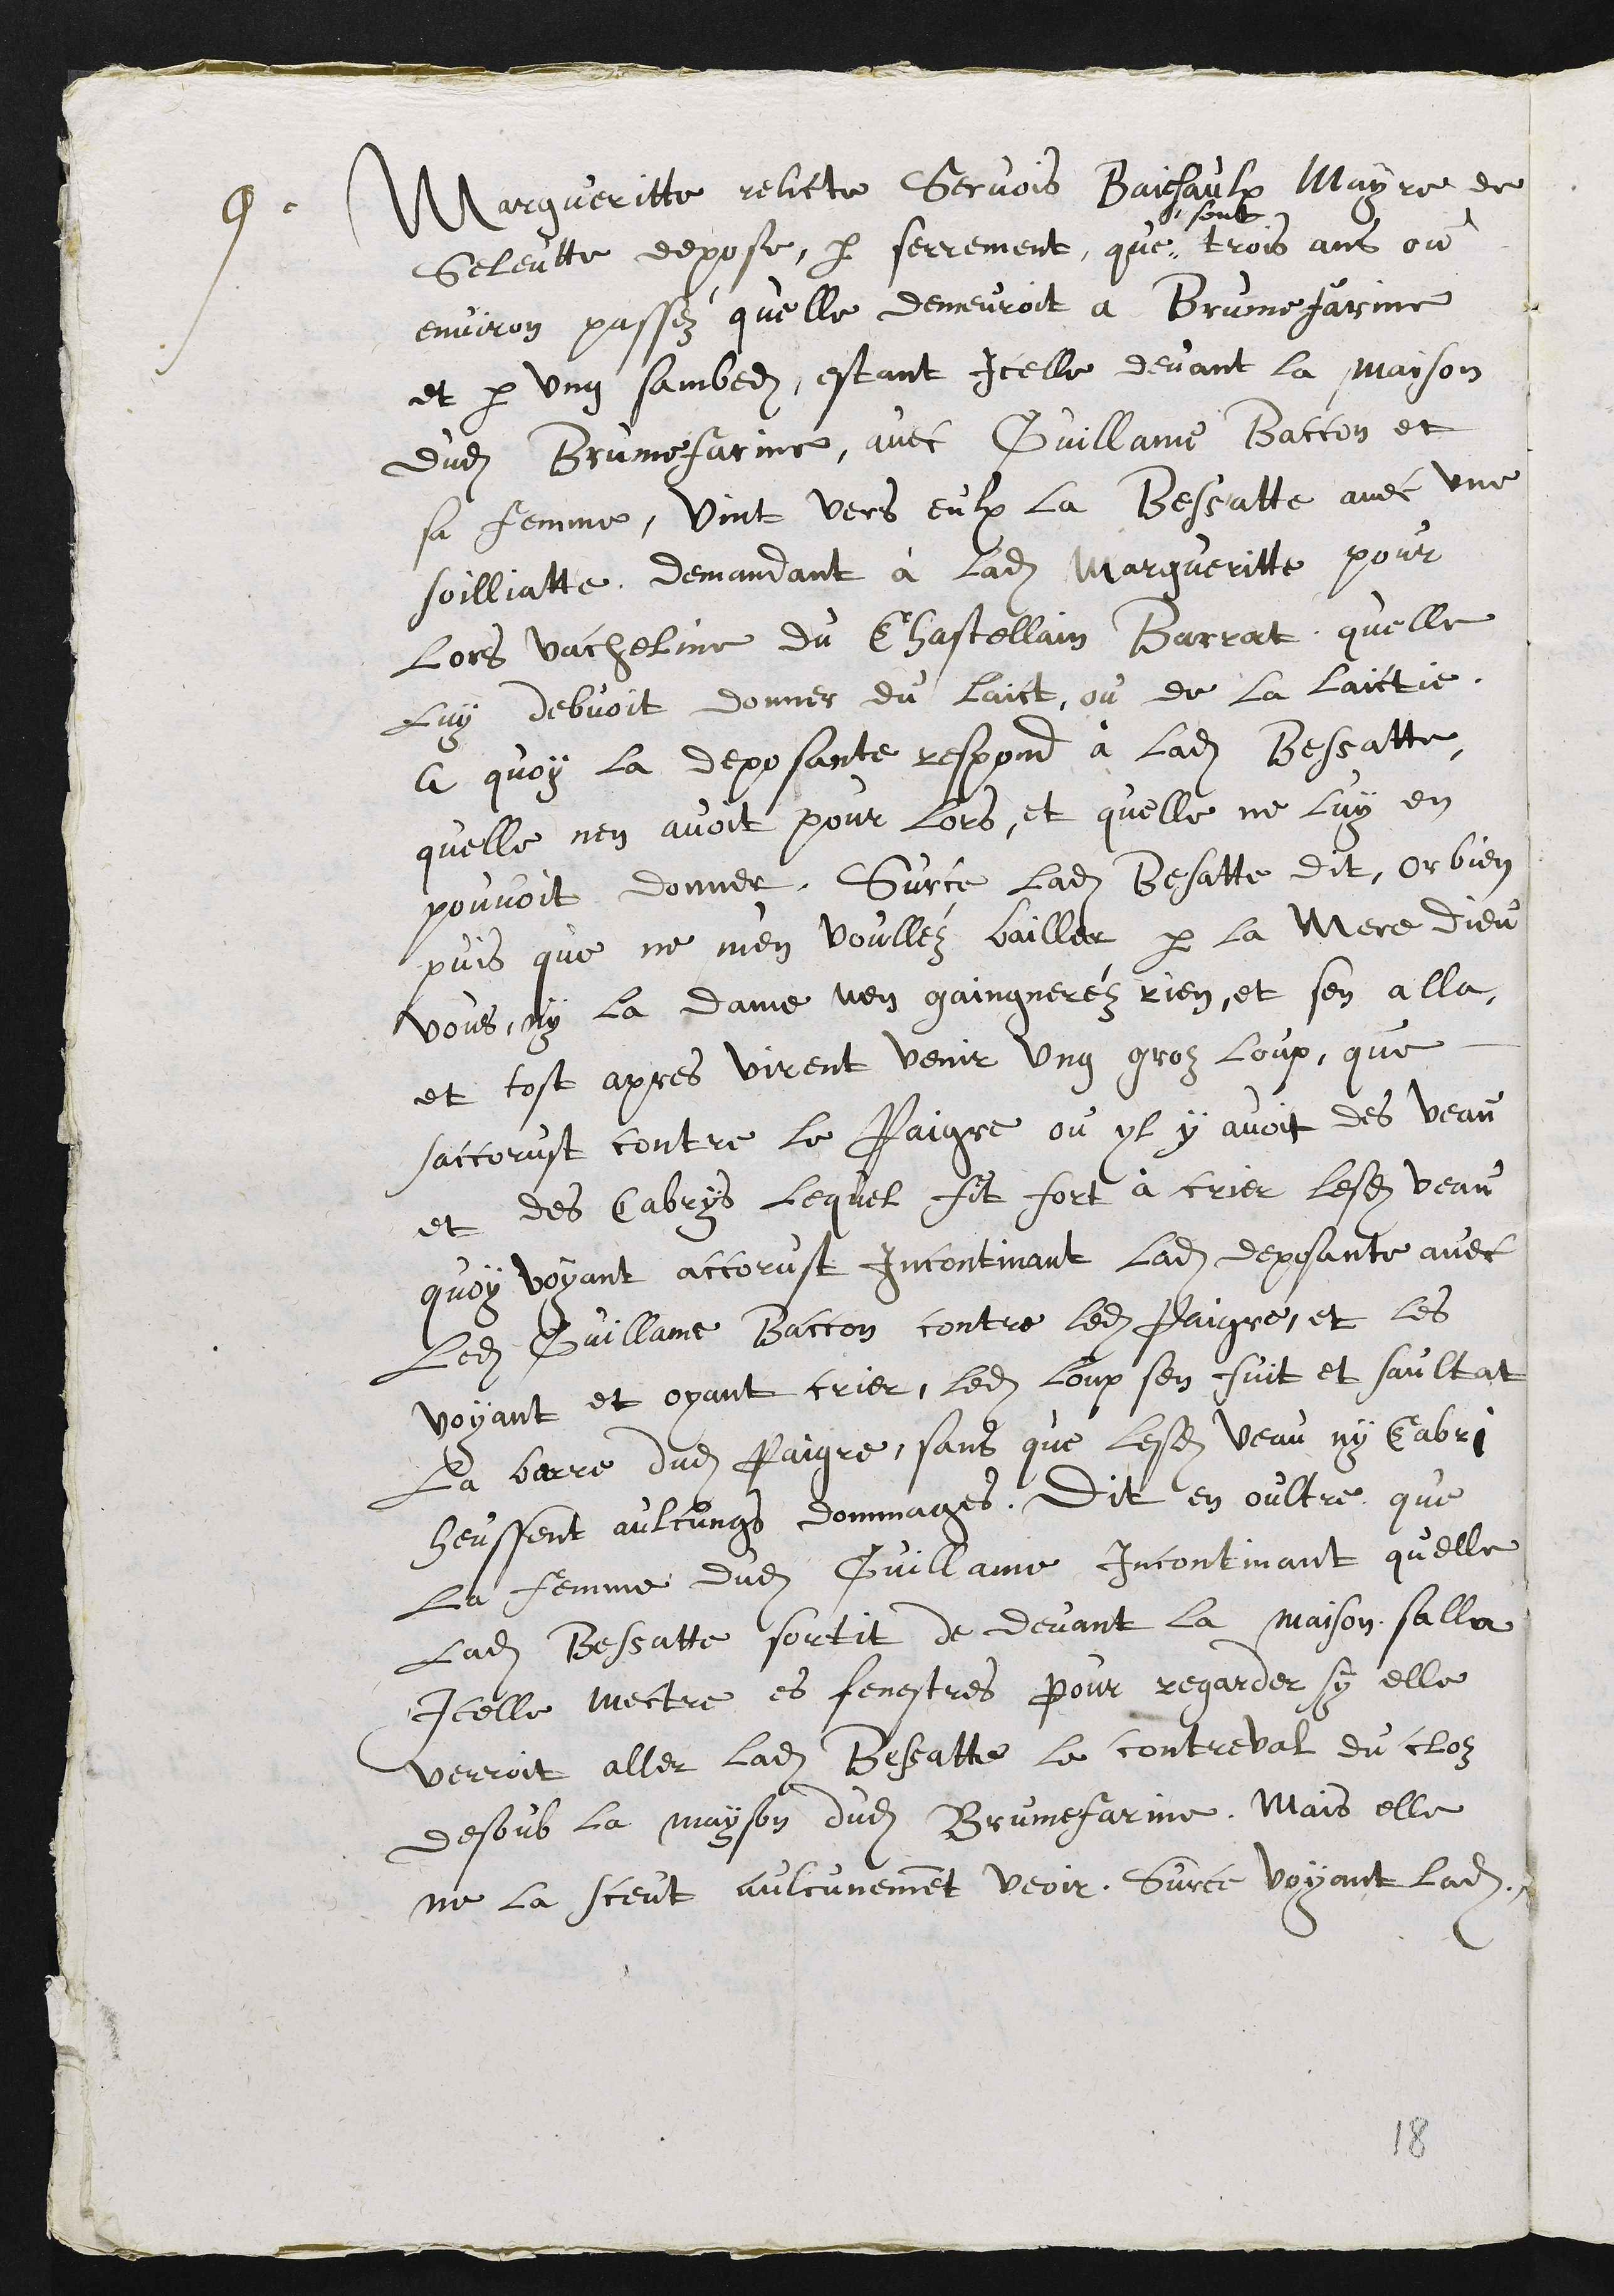
9. Marguerite, relicte de Semais Baichaux, maire de
Seleute, dépose par serment que
sont
trois ans ou
environ passés qu'elle demeurait à Brunefarine,
et par un samedi, étant icelle devant la maison
dudit Brunefarine, avec Guillaume Baccon et
sa femme, vint vers eux la Bessatte avec une
soilliat-te, demandant à ladite Marguerite, pour
lors vacheline du châtelain Barrât, qu'elle
lui devait donner du lait ou de la laic-tie.
A quoi la déposante répond à ladite Bessatte
qu'elle n'en avait pour lors, et qu'elle ne lui en
pouvait donner. Sur ce ladite Bessat-te dit ; "Or bien,
puisque ne m'en voulez bailler, par la Mère Dieu,
vous ni la Dame n'en gagnerez rien". Et s'en alla,
et tSt après, virent venir un gras loup qui
accourut contre le Paigre où il y avait des veau.
et des cabrys lequel fit fort à crier lesdits veau
Quoi voyant, accourut incontinent ladite déposante avec
ledit Guillaume Baccon contre ledit Paigre, et les
voyant et les ayant crier, ledit loup s'enfuit et sauta
la barre dudit Paigre, sans que lesdit veaux ni cabri
eussent aucun dommage. Dit en outre que
la femme dudit Guillaume, incontinent qu'elle
ladite Bessatte sortit de devant la maison, alla
icelle mettre es fenêtres pour regarder si elle
verrait aller ladite Bessa-tte le can-fcreval du clos
dessous la maison dudit Brunefarine. Mais elle
ne la sut aucunement voir. Sur ce, voyant ladite